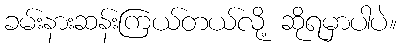
ခမ်းနားဆန်းကြယ်တယ်လို့ ဆိုရမှာပါပဲ။